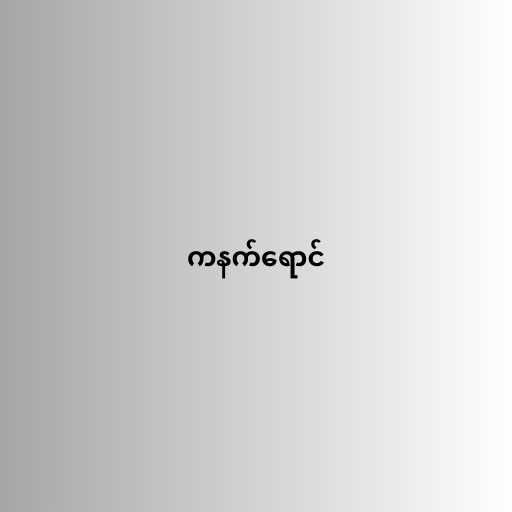
ကနက်ရောင်